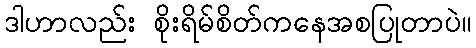
ဒါဟာလည်း စိုးရိမ်စိတ်ကနေအစပြုတာပဲ။